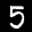
Label: 5